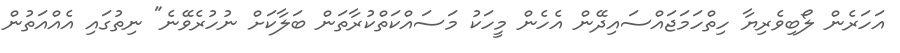
އަހަރެން ލޯބިވެރިޔާ ހިތްހަމަޖައްސައިދޭން އެހެން މީހަކު މަސައްކަތްކުރާތަން ބަލާކަށް ނުހުރެވޭނެ" ނިތުގައި އެއްއަތުން